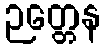
ဉတ္တေန